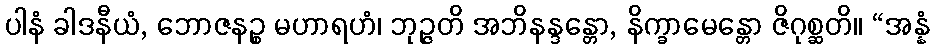
ပါနံ ခါဒနီယံ, ဘောဇနဉ္စ မဟာရဟံ၊ ဘုဉ္ဇတိ အဘိနန္ဒန္တော, နိက္ခာမေန္တော ဇိဂုစ္ဆတိ။ “အန္နံ